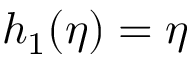
h _ { 1 } ( \eta ) = \eta